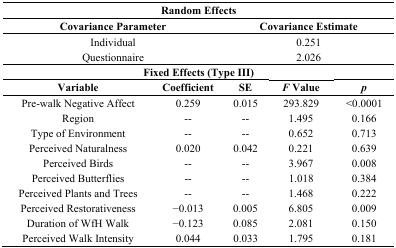
<table><thead><tr><td colspan="5"><b>Random Effects</b></td></tr><tr><td colspan="2"><b>Covariance Parameter</b></td><td colspan="3"><b>Covariance Estimate</b></td></tr></thead><tbody><tr><td colspan="2">Individual</td><td colspan="3">0.251</td></tr><tr><td colspan="2">Questionnaire</td><td colspan="3">2.026</td></tr><tr><td colspan="5"><b>Fixed Effects (Type III)</b></td></tr><tr><td><b>Variable</b></td><td><b>Coefficient</b></td><td><b>SE</b></td><td><b><i>F</i> Value</b></td><td><b><i>p</i></b></td></tr><tr><td>Pre-walk Negative Affect</td><td>0.259</td><td>0.015</td><td>293.829</td><td>&lt;0.0001</td></tr><tr><td>Region</td><td>--</td><td>--</td><td>1.495</td><td>0.166</td></tr><tr><td>Type of Environment</td><td>--</td><td>--</td><td>0.652</td><td>0.713</td></tr><tr><td>Perceived Naturalness</td><td>0.020</td><td>0.042</td><td>0.221</td><td>0.639</td></tr><tr><td>Perceived Birds</td><td>--</td><td>--</td><td>3.967</td><td>0.008</td></tr><tr><td>Perceived Butterflies</td><td>--</td><td>--</td><td>1.018</td><td>0.384</td></tr><tr><td>Perceived Plants and Trees</td><td>--</td><td>--</td><td>1.468</td><td>0.222</td></tr><tr><td>Perceived Restorativeness</td><td>−0.013</td><td>0.005</td><td>6.805</td><td>0.009</td></tr><tr><td>Duration of WfH Walk</td><td>−0.123</td><td>0.085</td><td>2.081</td><td>0.150</td></tr><tr><td>Perceived Walk Intensity</td><td>0.044</td><td>0.033</td><td>1.795</td><td>0.181</td></tr></tbody></table>